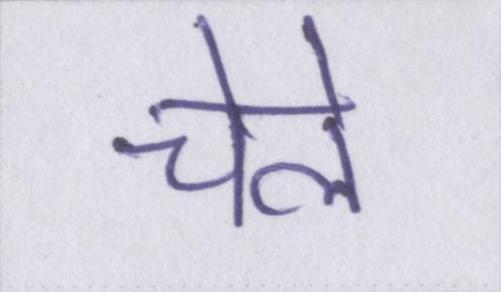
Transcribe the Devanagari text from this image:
चेले